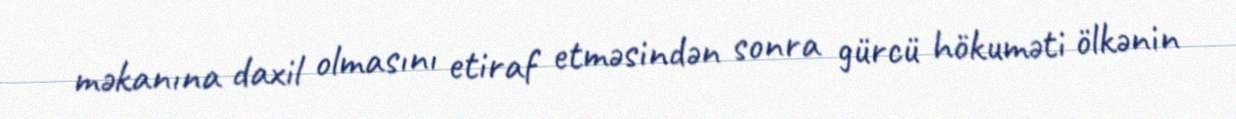
məkanına daxil olmasını etiraf etməsindən sonra gürcü hökuməti ölkənin